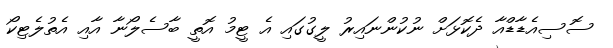
ސޮސިއެޑާޑްއާ ދެކޮޅަށް ނުކުންނައިރު ލީގުގައި އެ ޓީމު އޮތީ ބާސެލޯނާ އާއި އެތުލެޓިކޯ